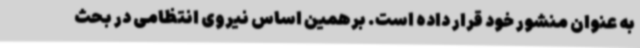
به عنوان منشور خود قرار داده است. برهمین اساس نیروی انتظامی در بحث